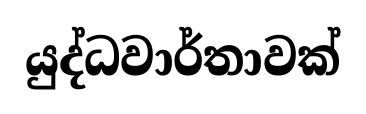
යුද්ධවාර්තාවක්